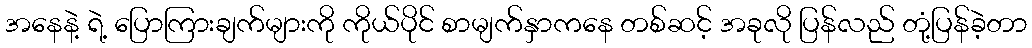
အနေနဲ့ ရဲ့ ပြောကြားချက်များကို ကိုယ်ပိုင် စာမျက်နှာကနေ တစ်ဆင့် အခုလို ပြန်လည် တုံ့ပြန်ခဲ့တာ